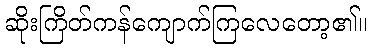
ဆိုးကြိတ်ကန်ကျောက်ကြလေတော့၏။